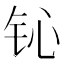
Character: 𲇴